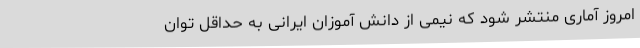
امروز آماری منتشر شود که نیمی از دانش آموزان ایرانی به حداقل توان